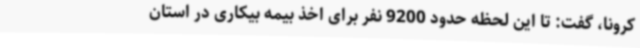
کرونا، گفت: تا این لحظه حدود 9200 نفر برای اخذ بیمه بیکاری در استان